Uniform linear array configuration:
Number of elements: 12
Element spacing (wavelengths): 0.5
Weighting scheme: exponential
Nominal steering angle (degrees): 30
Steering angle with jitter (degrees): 30.922
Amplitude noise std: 0.05
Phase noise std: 0.05

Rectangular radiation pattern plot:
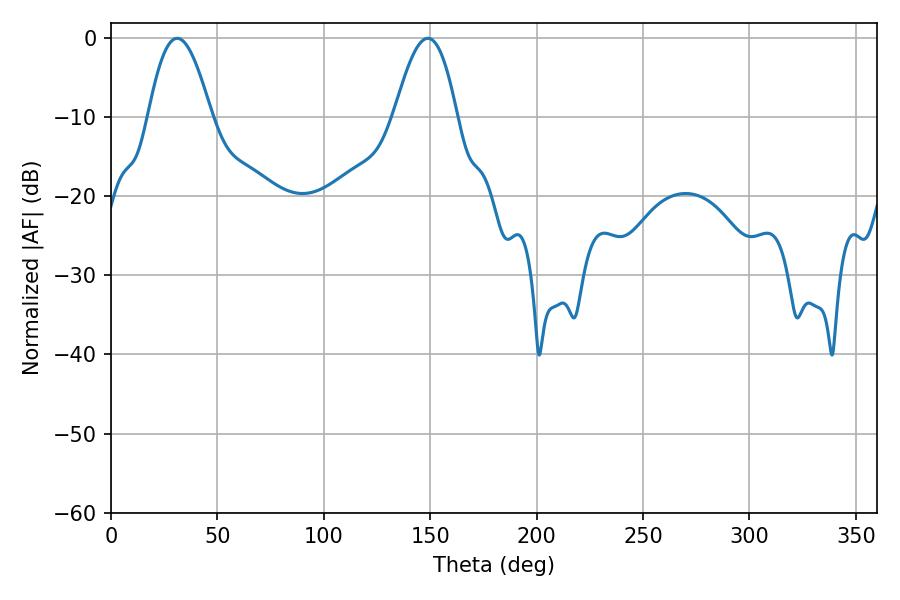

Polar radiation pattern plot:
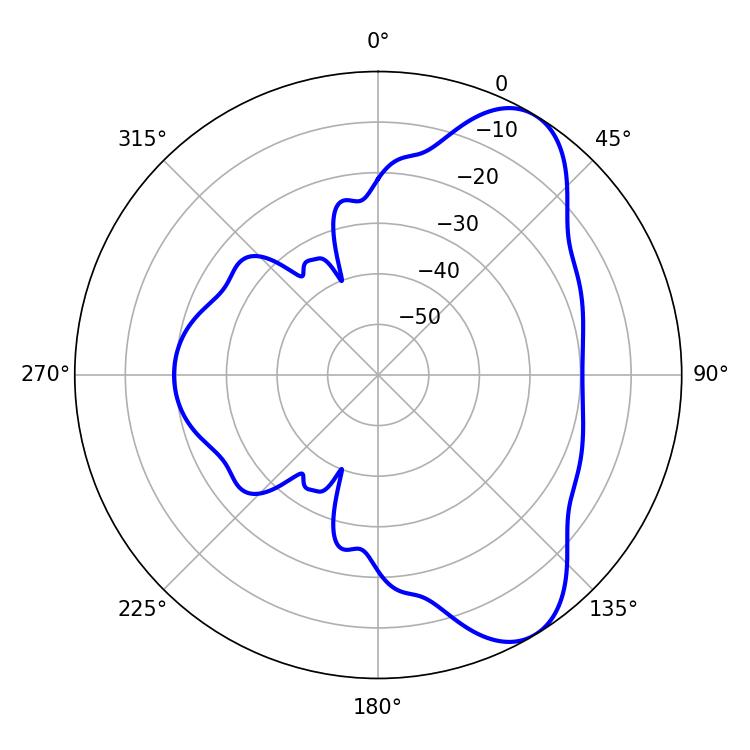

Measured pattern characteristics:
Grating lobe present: FALSE
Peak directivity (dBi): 7.701
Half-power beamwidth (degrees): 16.02
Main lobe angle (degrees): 31.14